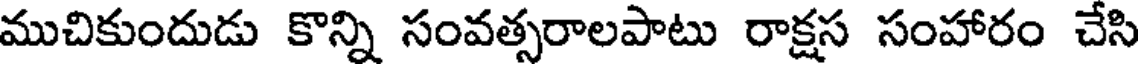
ముచికుందుడు కొన్ని సంవత్సరాలపాటు రాక్షస సంహారం చేసి